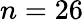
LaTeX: n=26